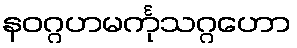
နဝဂ္ဂဟမင်္ကုသဂ္ဂဟော